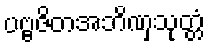
ပဗ္ဗဇိတအဘိဏှသုတ္တံ